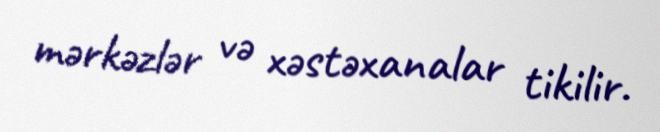
mərkəzlər və xəstəxanalar tikilir.